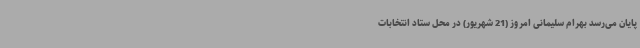
پایان می‌رسد بهرام سلیمانی امروز (21 شهریور) در محل ستاد انتخابات